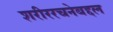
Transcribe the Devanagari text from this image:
शरीररचनेबद्दल